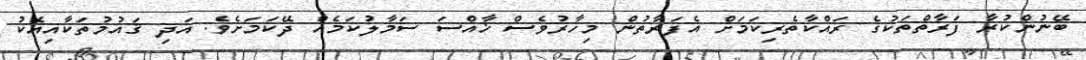
ބޭނުންކުރާ ފަރާތްތަކުގެ ރައްކާތެރިކަމަށް އެފަރާތުން މިހާރުވެސް ޚާއްސަ ސަމާލުކަމެއް ދޭކަމަށެވެ. އަދި ޤައުމުތަކާއިއެކު